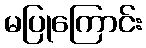
မပြုကြောင်း